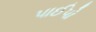
પાઈપો